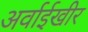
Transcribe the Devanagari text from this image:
अर्वाईखीर